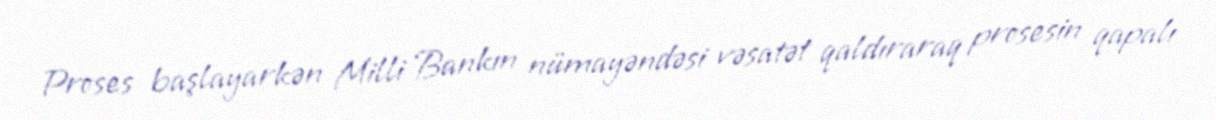
Proses başlayarkən Milli Bankın nümayəndəsi vəsatət qaldıraraq prosesin qapalı